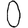
Digit: 0